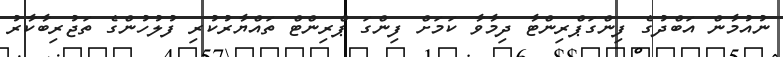
ނުއުމާން އަބްދުގެ ފިންގަޕްރިންޓާ ދިމާވާ ކަމަށް ފިންގަ ޕްރިންޓް ތައްޔާރުކުރި ފުލުހުންގެ ތަޖުރިބާކާރު